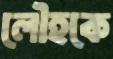
লৌহকে